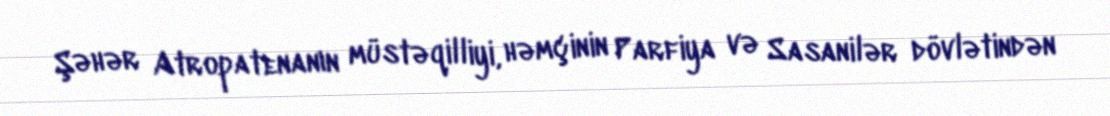
Şəhər Atropatenanın müstəqilliyi, həmçinin Parfiya və Sasanilər dövlətindən